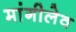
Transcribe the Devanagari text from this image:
मांगीलेव